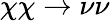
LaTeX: \chi\chi\to\nu\nu